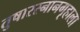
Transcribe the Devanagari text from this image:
तुषारस्नानगृहाला